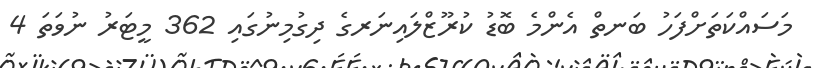
މަސައްކަތަށްފަހު ބަނތް އެންމެ ބޮޑު ކުރޫޒްލައިނަރގެ ދިގުމިނުގައި 362 މީޓަރު ނުވަތަ 4